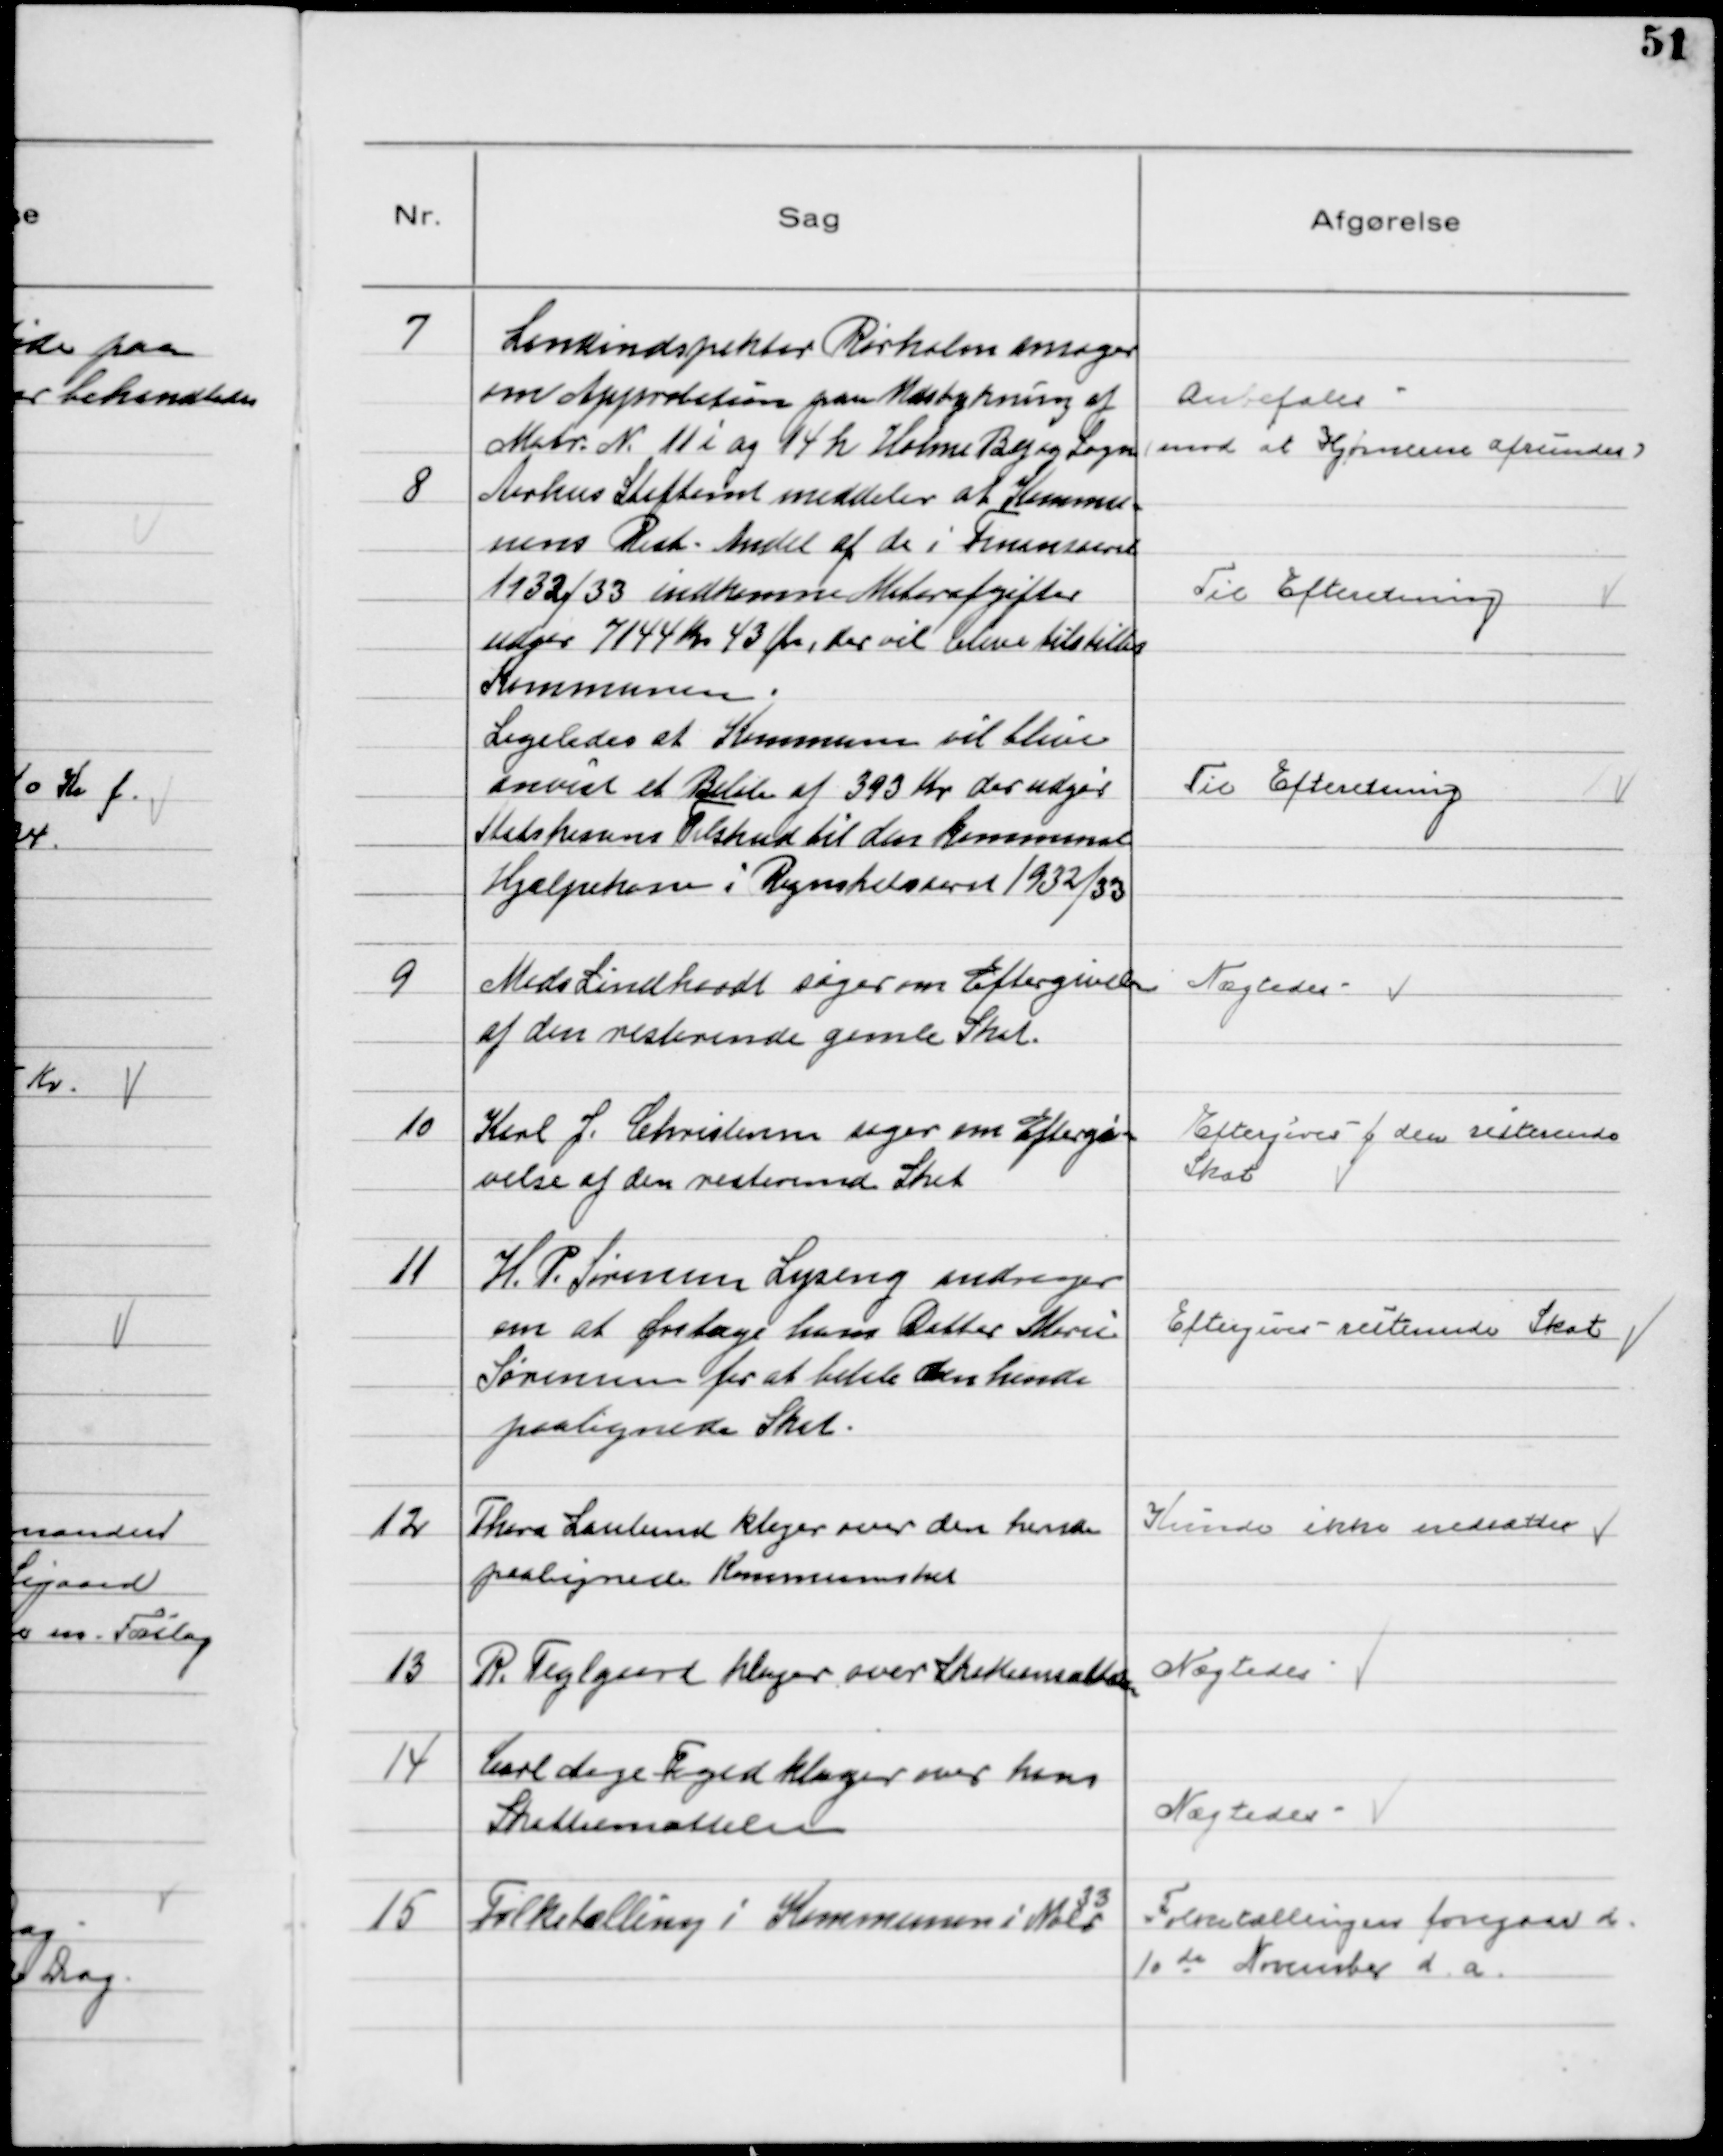
Transskription:
7
Landinspektør Rørholm ansøger
om Approbation paa Udstykning af
Matr. № 11 i og 14 h Holme By og Sogn

Anbefales
(mod at Hjørnerne afrundes)

8
Aarhus Stiftamt meddeler at Kommu-
nens Rest-Andel af de i Finansaaret
1932/33 indkomne Motorafgifter
udgør 7144 Kr 43 Øre, der vil blive tilstillet
Kommunen.
Ligeledes at Kommunen vil blive
anvist et Beløb af 393 Kr der udgør
Statskassens Tilskud til den kommunale
Hjælpekasse i Regnskabsaaret 1932/33

Til Efteretning

Til Efteretning

9
Mads Lindhardt søger om Eftergivelse
af den resterende gamle Skat.

Nægtedes

10
Karl J. Christensen søger om Eftergi-
velse af den resterende Skat

Eftergives f den resterende
Skat

11
H. P. Sørensen Lyseng andrager
om at fritage hans Datter Marie
Sørensen for at betale den hende
paalignede Skat.

Eftergives - resterende Skat

12
Thora Laulund klager over den hende
paalignede Kommuneskat

Kunde ikke nedsættes

13
R. Teglgaard klager over Skatteansættelse

Nægtedes

14
Carl Aage Foged klager over hans
Skatteansættelse

Nægtedes

15
Folketælling i Kommunen i Nobr
33

Folketællingen foregaar d.
10de November d. a.